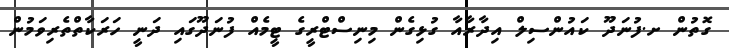
ގޮތުން ށ.ފުނަދޫ ކައުންސިލް އިދާރާއާ ގުޅިގެން މިނިސްޓްރީގެ ޓީމެއް ފުނަދޫގައި ދަނީ ހަރަކާތްތެރިވަމުން